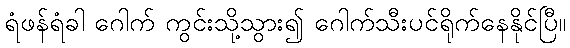
ရံဖန်ရံခါ ဂေါက် ကွင်းသို့သွား၍ ဂေါက်သီးပင်ရိုက်နေနိုင်ပြီ။